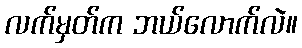
လက်မှတ်က ဘယ်လောက်လဲ။